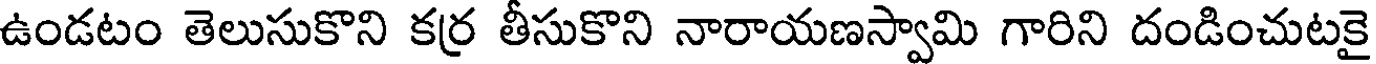
ఉండటం తెలుసుకొని కర్ర తీసుకొని నారాయణస్వామి గారిని దండించుటకై